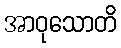
အာဝုသောတိ